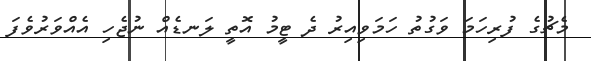
މެޗުގެ ފުރިހަމަ ވަގުތު ހަމަވިއިރު ދެ ޓީމު އޮތީ ލަނޑެއް ނުޖެހި އެއްވަރުވެފަ